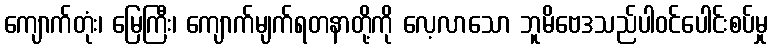
ကျောက်တုံး၊ မြေကြီး၊ ကျောက်မျက်ရတနာတို့ကို လေ့လာသော ဘူမိဗေဒသည်ပါဝင်ပေါင်းစပ်မှု